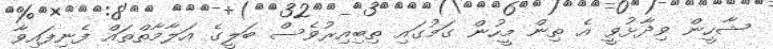
ޝާހީން ވިދާޅުވީ އެ ތިން މީހުން ގަމުގައި ތިބިއިރުވެސް ބަލީގެ އަލާމާތްތައް ފެނިފައިވާ